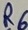
Text: R6